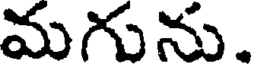
మగును.